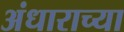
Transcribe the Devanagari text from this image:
अंधाराच्या